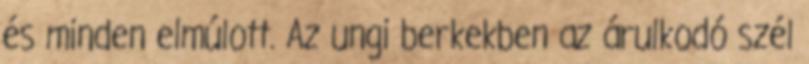
és minden elmúlott. Az ungi berkekben az árulkodó szél